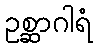
ဥစ္ဆာဂါရံ